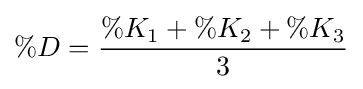
\%D={\frac {\%K_{1}+\%K_{2}+\%K_{3}}{3}}